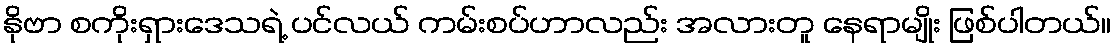
နိုဗာ စကိုးရှားဒေသရဲ့ ပင်လယ် ကမ်းစပ်ဟာလည်း အလားတူ နေရာမျိုး ဖြစ်ပါတယ်။